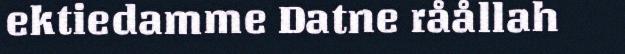
ektiedamme Datne råållah